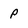
Character: p